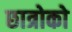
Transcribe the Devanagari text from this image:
छात्रोको